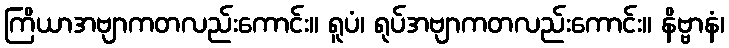
ကြိယာအဗျာကတလည်းကောင်း။ ရူပံ၊ ရုပ်အဗျာကတလည်းကောင်း။ နိဗ္ဗာနံ၊